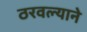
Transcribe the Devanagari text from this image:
ठरवल्याने